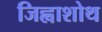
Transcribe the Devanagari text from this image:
जिह्वाशोथ